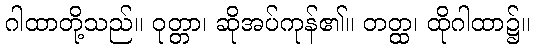
ဂါထာတို့သည်။ ဝုတ္တာ၊ ဆိုအပ်ကုန်၏။ တတ္ထ၊ ထိုဂါထာ၌။